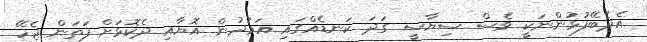
އެދެބޭފުޅުންނަކީ ވެސް ސިޔާސީ ގަދަ ކަނޑެއްގައި އަމުދުން އޮޔާއި ދެކޮޅަށް ފަތަން ޖެހޭ